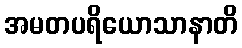
အမတပရိယောသာနာတိ